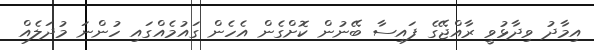
އިމާދު ވިދާޅުވީ ރާއްޖޭގެ ފައިސާ ބޭނުން ކޮށްގެން އެހެން ގައުމެއްގައި ހުންނަ މުދަލެއް